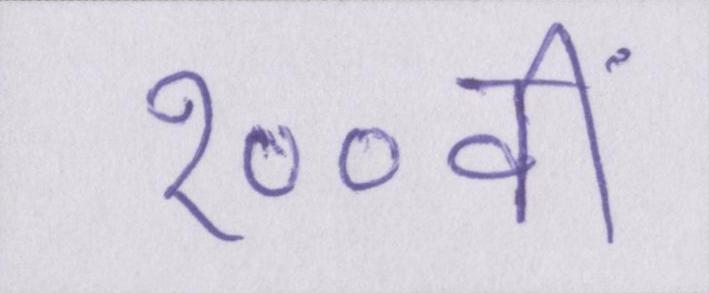
१००वीं